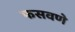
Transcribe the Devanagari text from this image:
फसवणे